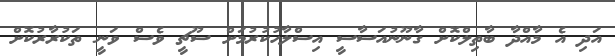
އަދި އެ މާއްދާ ބާތިލްކޮށް ގާނޫނުއަސާސީ އިސްލާހުކުރުމަށް ސޫޗީ ވެސް ވަނީ ތަކުރާރުކޮށް